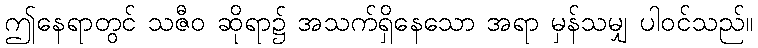
ဤနေရာတွင် သဇီဝ ဆိုရာ၌ အသက်ရှိနေသော အရာ မှန်သမျှ ပါဝင်သည်။